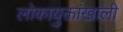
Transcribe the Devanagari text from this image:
लोकायुक्तांखाली